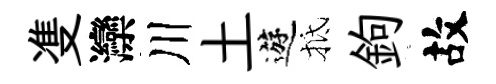
㕠灤川土遊抵鉤故